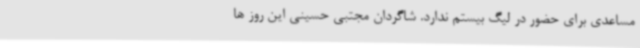
مساعدی برای حضور در لیگ بیستم ندارد. شاگردان مجتبی حسینی این روز ها